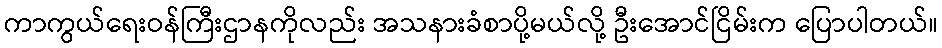
ကာကွယ်ရေးဝန်ကြီးဌာနကိုလည်း အသနားခံစာပို့မယ်လို့ ဦးအောင်ငြိမ်းက ပြောပါတယ်။